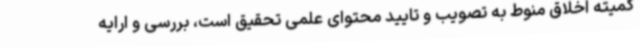
کمیته اخلاق منوط به تصویب و تایید محتوای علمی تحقیق است، بررسی و ارایه